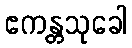
ဧကန္တသုခေါ